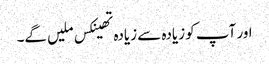
اور آپ کو زیادہ سے زیادہ تھینکس ملیں گے۔